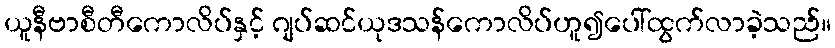
ယူနီဗာစီတီကောလိပ်နှင့် ဂျပ်ဆင်ယုဒသန်ကောလိပ်ဟူ၍ပေါ်ထွက်လာခဲ့သည်။